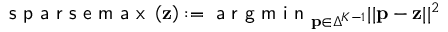
\textsf { s p a r s e m a x } \left( \mathbf { z } \right) : = \textsf { a r g m i n } _ { \mathbf { p } \in \Delta ^ { K - 1 } } | | \mathbf { p } - \mathbf { z } | | ^ { 2 }